Civil Veterinary Dept. Assam report 1927-50 - 1927-1950
Year: 1927
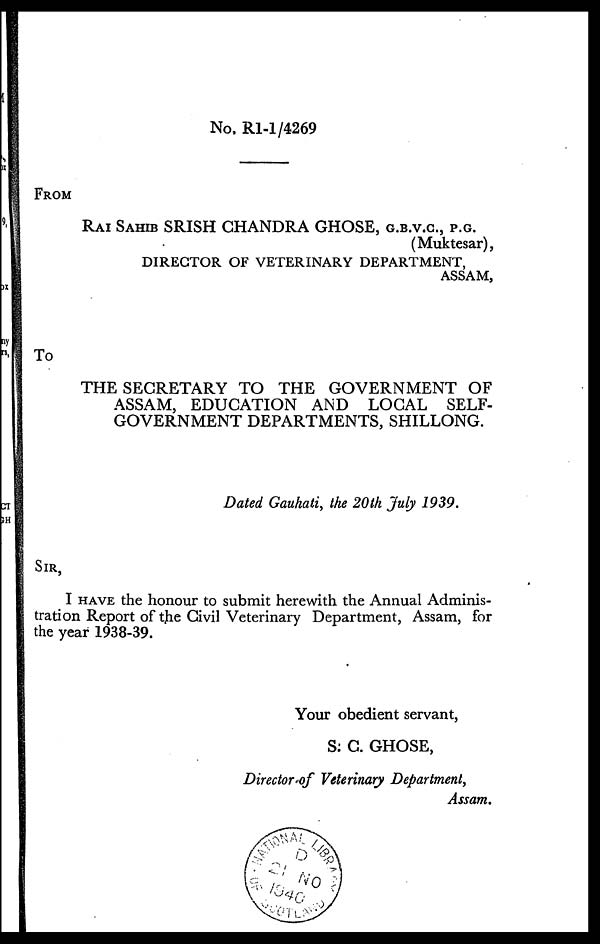
No, R1-1/4269
FROM
RAI SAHIB SRISH CHANDRA GHOSE, G.B.V.C., P.G.
(Muktesar),
DIRECTOR OF VETERINARY DEPARTMENT,
ASSAM,
To
THE SECRETARY TO THE GOVERNMENT OF
ASSAM, EDUCATION AND LOCAL SELF-
GOVERNMENT DEPARTMENTS, SHILLONG.
Dated Gauhati, the 20th July 1939.
SIR,
I HAVE the honour to submit herewith the Annual Adminis-
tration Report of the Civil Veterinary Department, Assam, for
the year 1938-39.
Your obedient servant,
S: C. GHOSE,
Directors of Veterinary Department,
Assam.